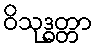
ဝိသုဒ္ဓတ္တာ